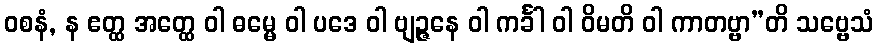
ဝစနံ, န ဧတ္ထ အတ္ထေ ဝါ ဓမ္မေ ဝါ ပဒေ ဝါ ဗျဉ္ဇနေ ဝါ ကင်္ခါ ဝါ ဝိမတိ ဝါ ကာတဗ္ဗာ”တိ သဗ္ဗေသံ